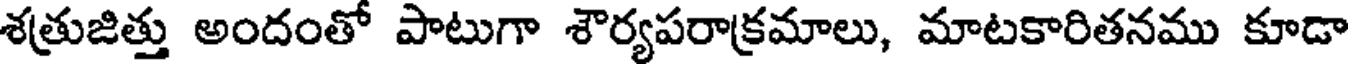
శత్రుజిత్తు అందంతో పాటుగా శౌర్యపరాక్రమాలు, మాటకారితనము కూడా